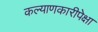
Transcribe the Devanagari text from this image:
कल्याणकारीपेक्षा